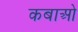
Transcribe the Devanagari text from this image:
कबाओ